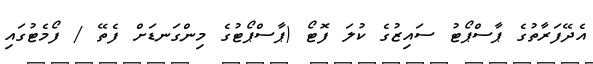
އެދޭފަރާތުގެ ޕާސްޕޯޓު ސައިޒުގެ ކުލަ ފޮޓޯ (ޕާސްޕޯޓުގެ މިންގަނޑަށް ފެތޭ / ފޯމެޓުގައި